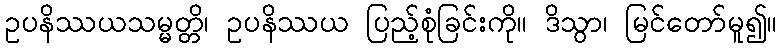
ဥပနိဿယသမ္မတ္တိ၊ ဥပနိဿယ ပြည့်စုံခြင်းကို။ ဒိသွာ၊ မြင်တော်မူ၍။